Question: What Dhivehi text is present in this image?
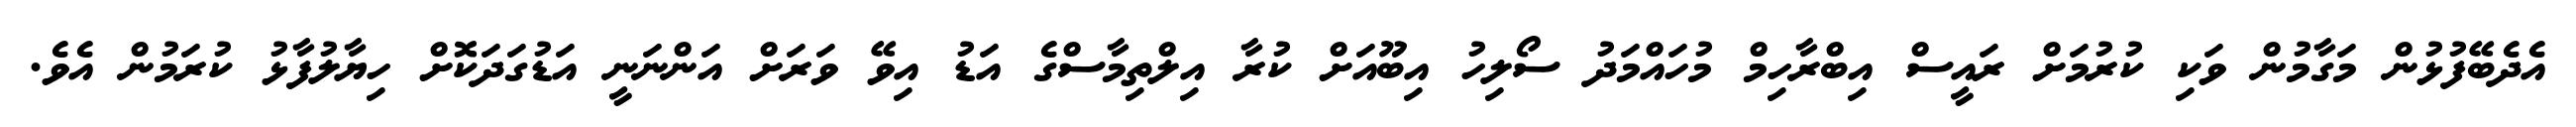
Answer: އެދެބޭފުޅުން މަގާމުން ވަކި ކުރުމަށް ރައީސް އިބްރާހިމް މުހައްމަދު ސޯލިހު އިބޫއަށް ކުރާ އިލްތިމާސްގެ އަޑު އިވޭ ވަރަށް އަންނަނީ އަޑުގަދަކޮށް ހިޔާލުފާޅު ކުރަމުން އެވެ.